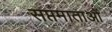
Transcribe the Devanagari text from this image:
सप्तमाताओं